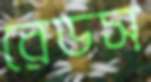
রেডস